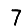
Digit: 7